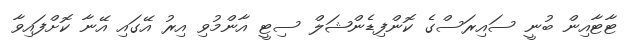
ޓާޓާއިން ބުނީ ސައިރަސްގެ ކޮންފިޑެންޝަލް ސިޓީ އާންމުވި އިރު އޭގައި އޭނާ ކޮށްފައިވާ